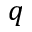
q